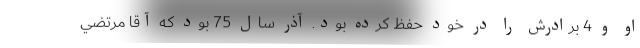
او و 4 برادرش را در خود حفظ كرده بود. آذر سال 75 بود كه آقا مرتضي